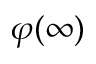
\varphi ( \infty )